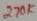
Text: 270K